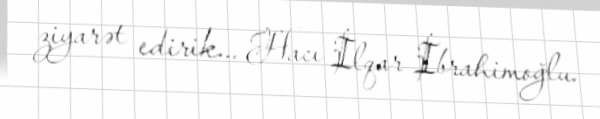
ziyarət edirik... Hacı İlqar İbrahimoğlu.